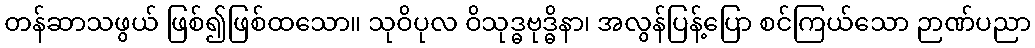
တန်ဆာသဖွယ် ဖြစ်၍ဖြစ်ထသော။ သုဝိပုလ ဝိသုဒ္ဓဗုဒ္ဓိနာ၊ အလွန်ပြန့်ပြော စင်ကြယ်သော ဉာဏ်ပညာ